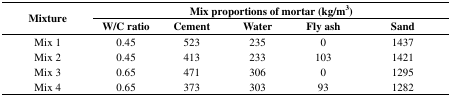
| <ROWSPAN=2> Mixture | <COLSPAN=5> Mix proportions of mortar (kg/m3) |
 | W/C ratio | Cement | Water | Fly ash | Sand |
 | --- | --- | --- | --- | --- | --- |
 | Mix 1 | 0.45 | 523 | 235 | 0 | 1437 |
 | Mix 2 | 0.45 | 413 | 233 | 103 | 1421 |
 | Mix 3 | 0.65 | 471 | 306 | 0 | 1295 |
 | Mix 4 | 0.65 | 373 | 303 | 93 | 1282 |